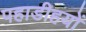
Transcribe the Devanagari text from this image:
पहाडीहयों